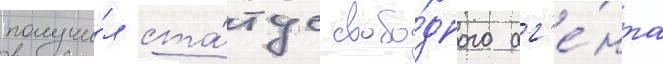
получи́л ста́тус свобо́дного аг'е́нта